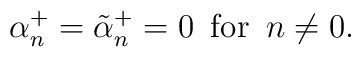
\alpha_n ^+ = \tilde{\alpha}_n ^+ = 0 \,\,\, \mbox{for}\,\,\, n\not=0.